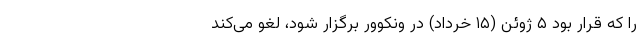
را که قرار بود ۵ ژوئن (۱۵ خرداد) در ونکوور برگزار شود، لغو می‌کند